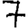
Digit: 7